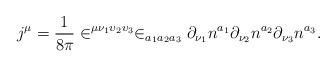
LaTeX: \begin{align*}j^\mu =\frac 1{8\pi }\in ^{\mu \nu _1\upsilon _2\upsilon _3}\in_{a_1a_2a_3}\partial _{\nu _1}n^{a_1}\partial _{\nu _2}n^{a_2}\partial _{\nu_3}n^{a_3}.\end{align*}